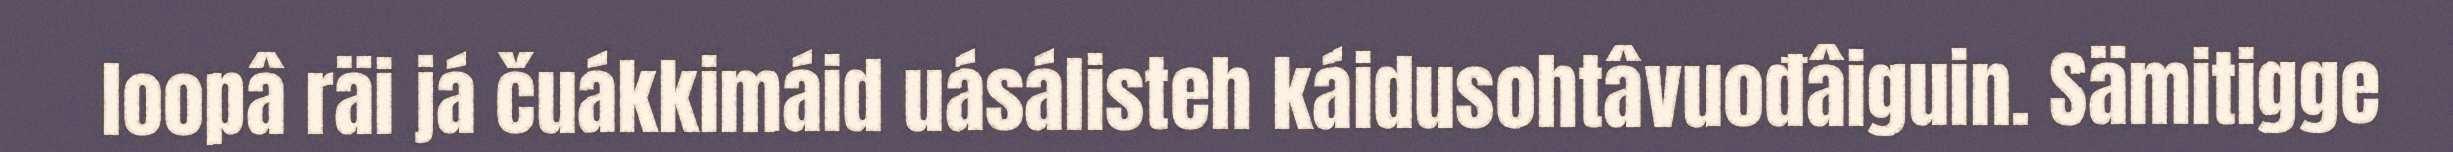
loopâ räi já čuákkimáid uásálisteh káidusohtâvuođâiguin. Sämitigge